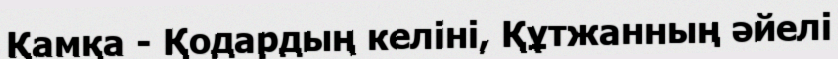
Қамқа - Қодардың келіні, Құтжанның әйелі